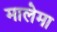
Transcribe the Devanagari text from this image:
मालेमा